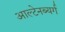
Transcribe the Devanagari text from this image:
आल्टेनब्यर्ग